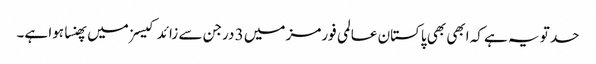
حد تو یہ ہے کہ ابھی بھی پاکستان عالمی فورمز میں 3 درجن سے زائد کیسزمیں پھنسا ہوا ہے۔